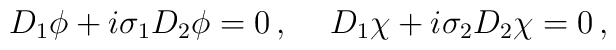
D_1\phi+i\sigma_1D_2\phi=0\,,\hspace{5mm}D_1\chi+i\sigma_2D_2\chi=0\,,